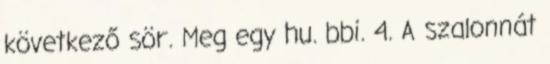
következő sör. Meg egy hu. bbi. 4. A szalonnát